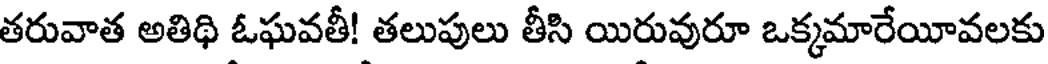
తరువాత అతిథి ఓఘవతీ! తలుపులు తీసి యిరువురూ ఒక్కమారేయీవలకు